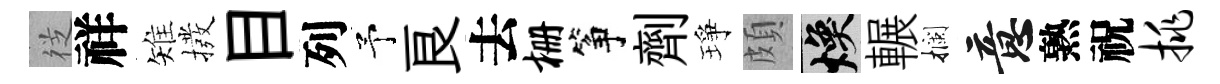
徔祥雉撥目列予良去栅筝劑琤頗焕輾攔意熟祝挑